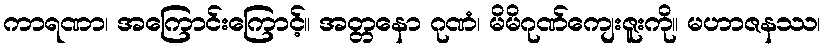
ကာရဏာ၊ အကြောင်းကြောင့်။ အတ္တနော ဂုဏံ၊ မိမိဂုဏ်ကျေးဇူးကို။ မဟာဇနဿ၊